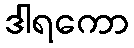
ဒါရကော